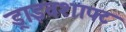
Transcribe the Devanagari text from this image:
ड्राइवशाफ्ट